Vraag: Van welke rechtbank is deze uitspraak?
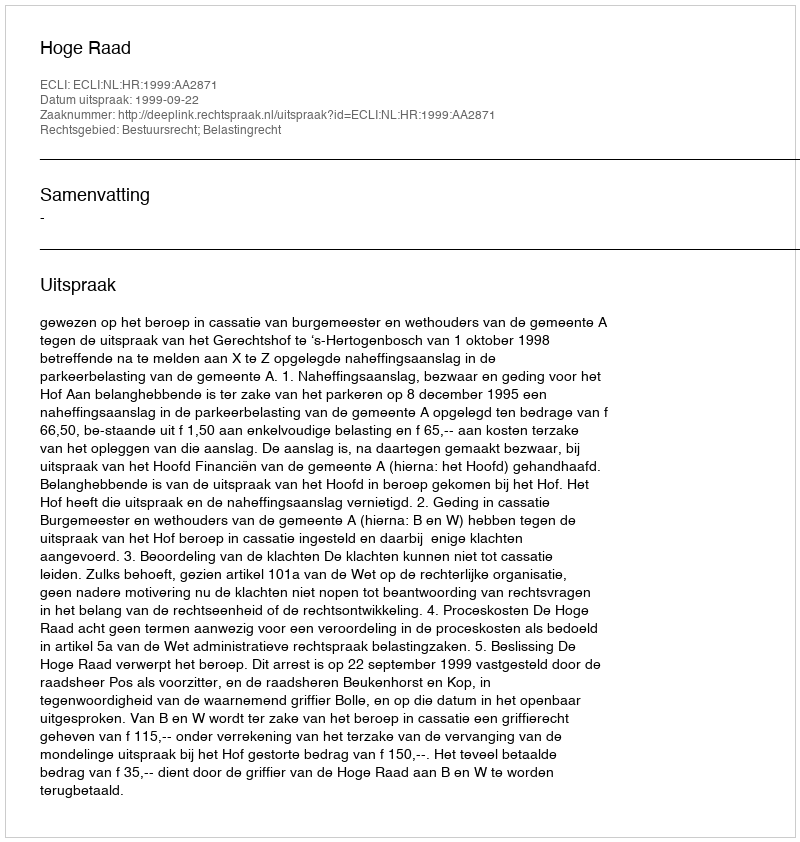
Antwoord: Hoge Raad